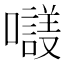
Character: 𡃛